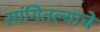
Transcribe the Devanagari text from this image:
सांगितल्याचे